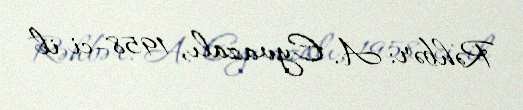
Rəhbər: A. Eyvazalı, 1958-ci il